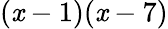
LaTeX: (\mathit{x}-1)(\mathit{x}-7)